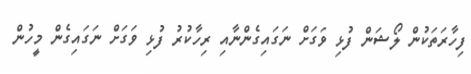
ފިހާރަތަކުން ލޯޝަން ފުޅި ވަގަށް ނަގައިގެންނާއި ރިހާކުރު ފުޅި ވަގަށް ނަގައިގެން މީހުން